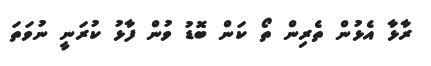
ރާޅާ އެޅުން ތެރިން ތޯ ކަން ބޮޑު ވުން ފާޅު ކުރަނީ ނުވަތަ